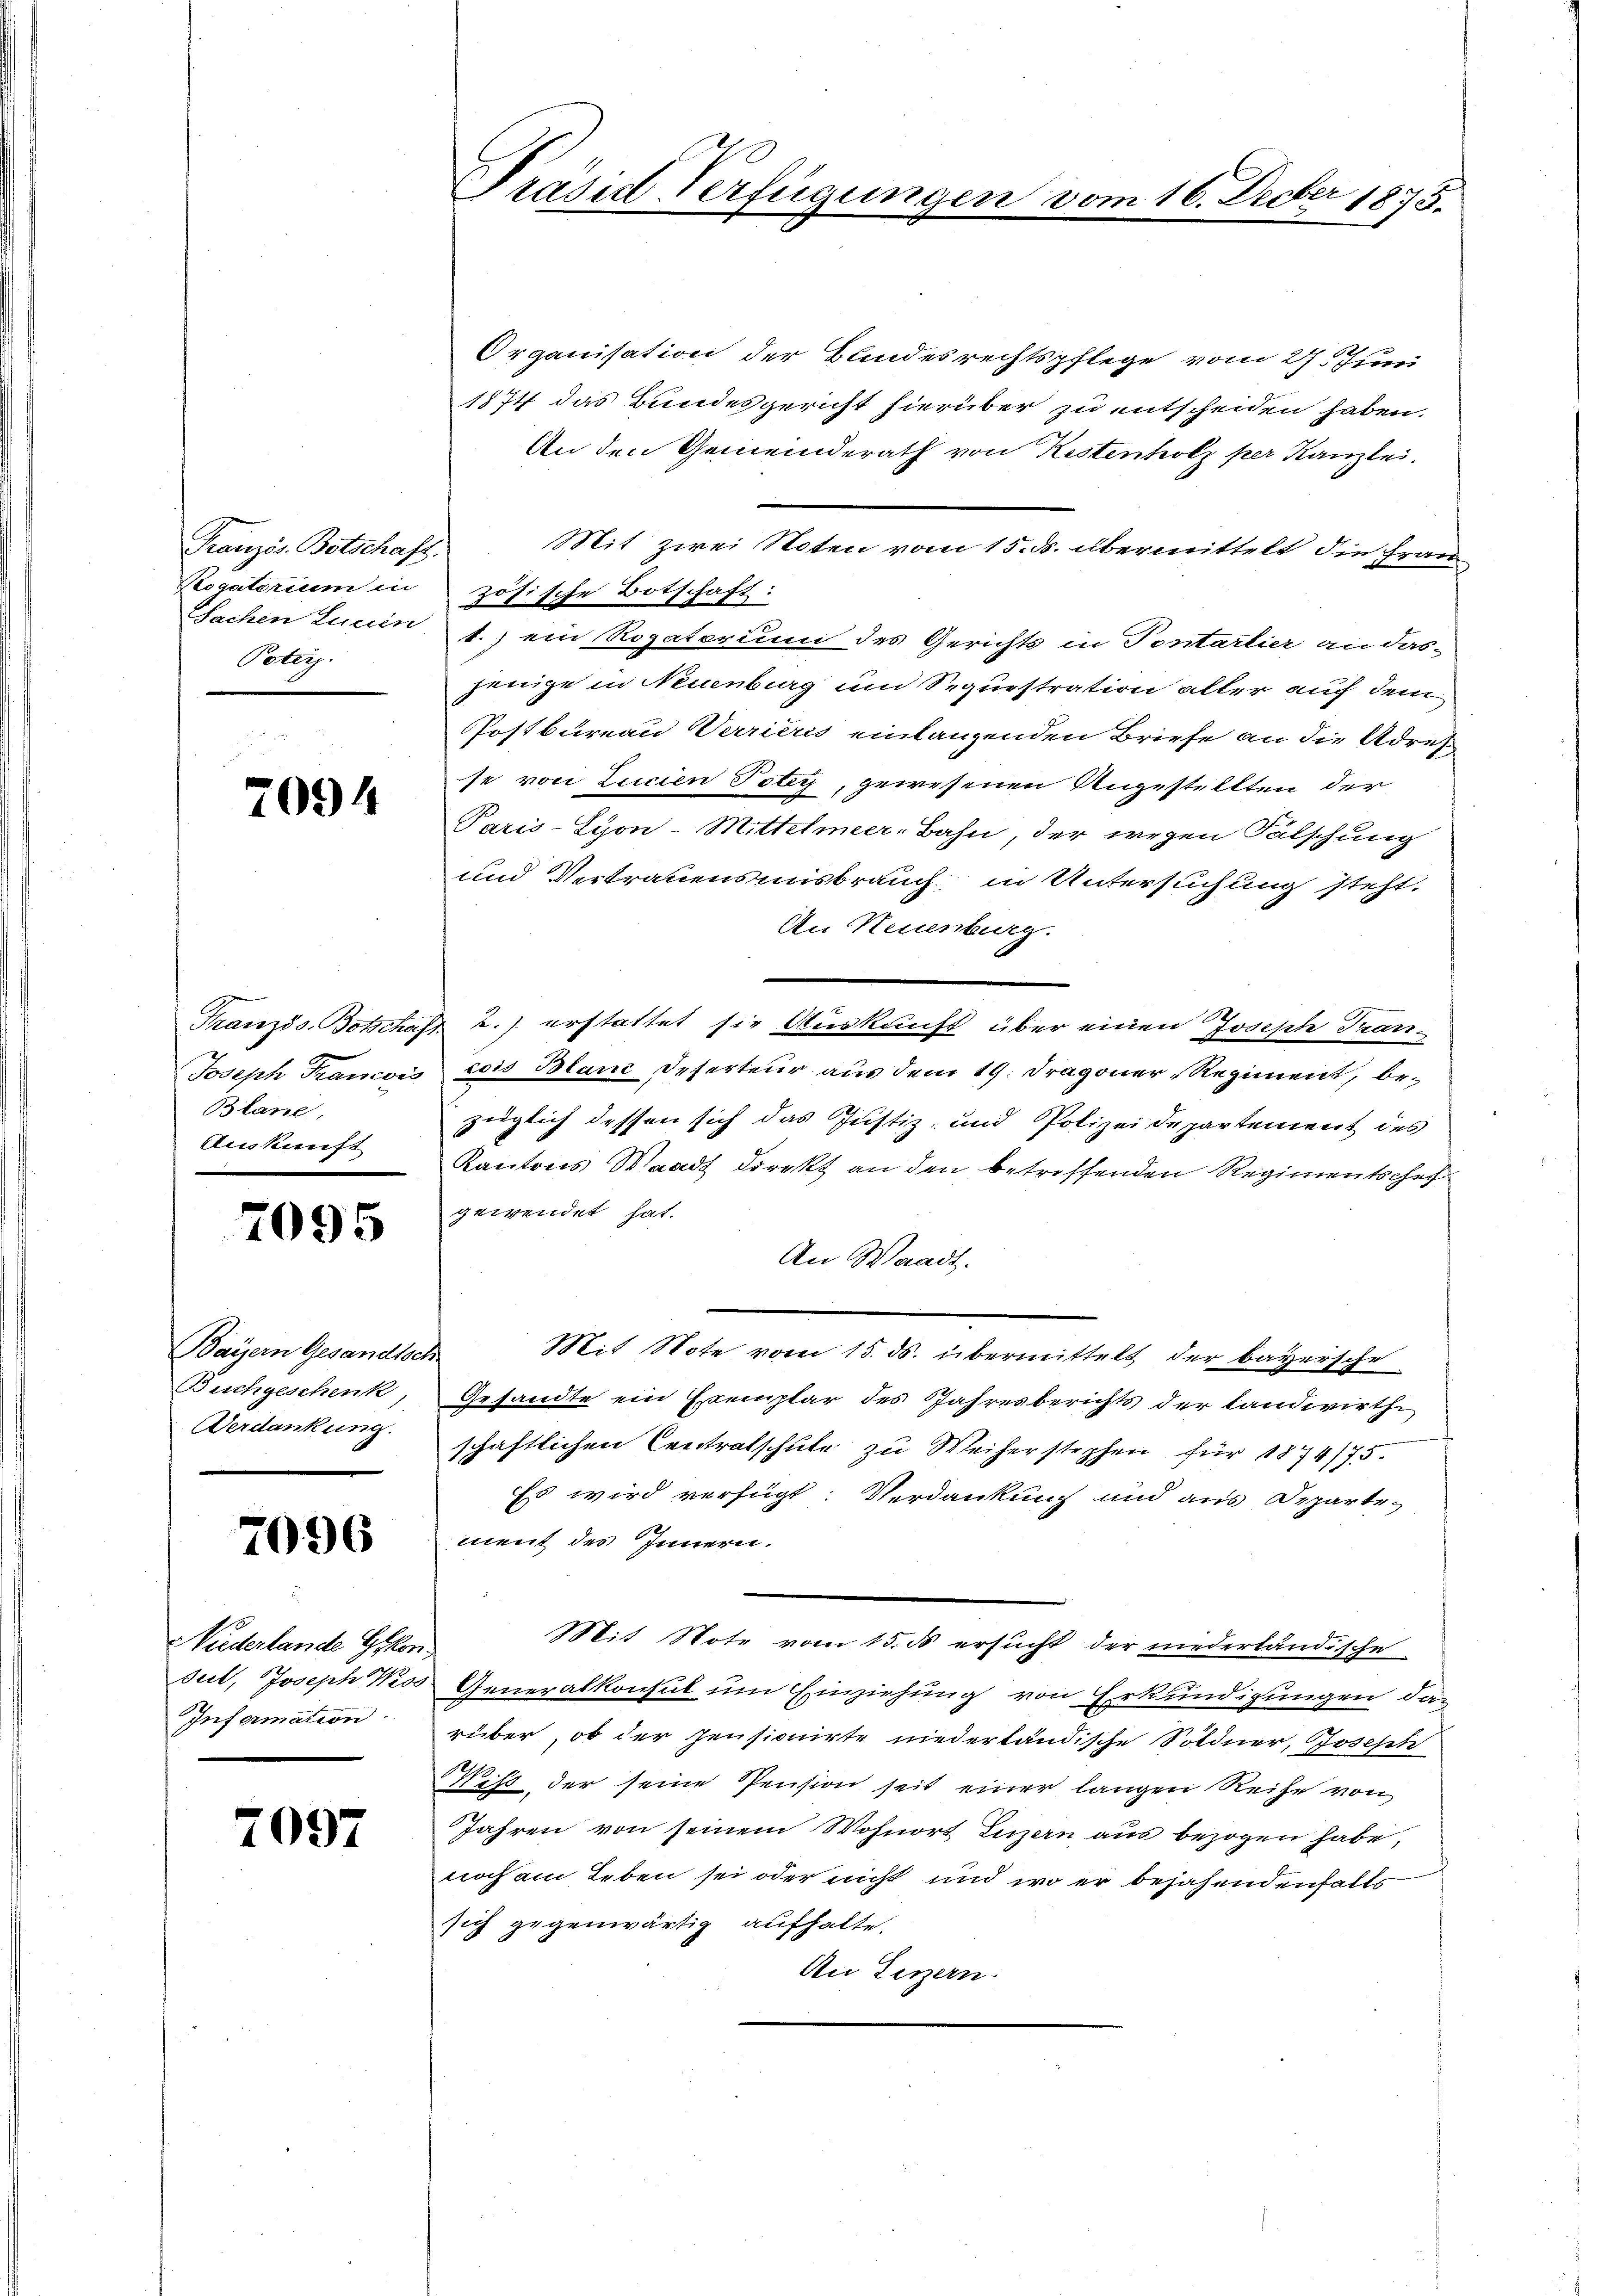
Französ. Botschaft.
Elogatorium in
Sachen Lucen
Poterz.

2094

Französ. Botschaf
Joseph Francois
Blane,
Auskunft

7095

Baÿern Gesandtser
Buchgeschenk,
Verdankung.

7096

Niederlande Gekon
uel, Joseph Wess
Infermation.

2097

Präsid Verfügungen vom

16. Decber 1875.

Organisation der Bundesrechtspflege vom 27. Juni
1874 das Bundesgericht hierüber zu entscheiden haben.
An den Gemeinderath von Kostenholz per Kanzlei.
Mit zwei Noten vom 15. ds. übermittelt die Frau
zösische Botschaft:
1.) ein Rogatorum des Gerichts in Tentartier an das-
jenige in Neuenburg um Sequestration aller auf dem
Postbureau Verrieris einlangenden Briefe an die Adres
se von Zucien Peter, gewesenen Angestellten der
Paris-Syon-Mittelmeer-Bahn, der wegen Fälschung
und Vertrauensmisbrauch in Untersuchung steht.
An Neuenburg.
.J. erstattet sie Auskunft über einen Joseph Trancois Blanc Deserteur aus dem 19. Dragoner-Regiment, bezüglich dessen sich das Justiz- und Polizeidepartement des
Kantons Waadt direkt an den betreffenden Regimentschef
gewendet hat.
An Waadt.
Mit Note vom 15. ds. übermittelt der bayersche
Gesandte ein Exemplar des Jahresberichts der Landwirth
schaftlichen Centratschule zu Weiherstophen für 1874/75.
Es wird verfügt: Verdankung und aus Departe-
ment des Innern.
Mit Note vom 15. d ersucht der niederländische
Generalkonsul um Einziehung von Erkundigungen das
rüber, ob der Pensionirte niederländische Söldner, Joseph
2.
Ness, der seine Pension seit einer langen Reihe von
Jahren von seinem Wohnort Luzern aus bezogen habe,
noch am Leben sei oder nicht und wo er bejahendenfalls
sich gegenwärtig aufhalte.
An Luzern.